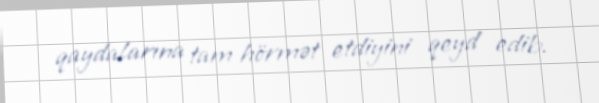
qaydalarına tam hörmət etdiyini qeyd edib.